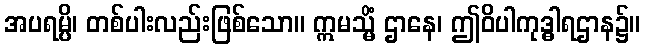
အပရမ္ပိ၊ တစ်ပါးလည်းဖြစ်သော။ ဣမသ္မိံ ဌာနေ၊ ဤဝိပါကုဒ္ဓါရဌာန၌။